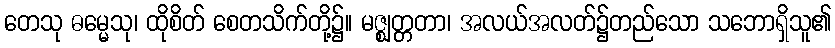
တေသု ဓမ္မေသု၊ ထိုစိတ် စေတသိက်တို့၌။ မဇ္ဈတ္တတာ၊ အလယ်အလတ်၌တည်သော သဘောရှိသူ၏